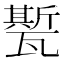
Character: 㽄